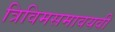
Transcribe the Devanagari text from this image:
त्रिविमसमावयवी